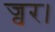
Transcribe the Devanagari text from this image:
ज्वर।